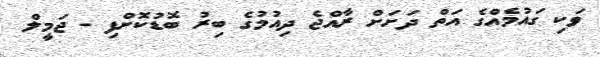
ވަކި ގައުމެއްގެ އަތް ދަށަށް ރާއްޖެ ދިއުމުގެ ބިރު ބޮޑުކޮށްފި - ޖަމީލް